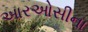
આરઓસીના